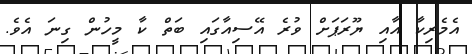
އެމެރިކާ އާއި ޔޫރަޕަށް ވުރެ އޭސިއާގައި ބަތް ކާ މީހުން ގިނަ އެވެ.